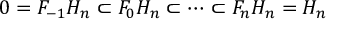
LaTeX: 0 = F _ { - 1 } H _ { n } \subset F _ { 0 } H _ { n } \subset \dots \subset F _ { n } H _ { n } = H _ { n }